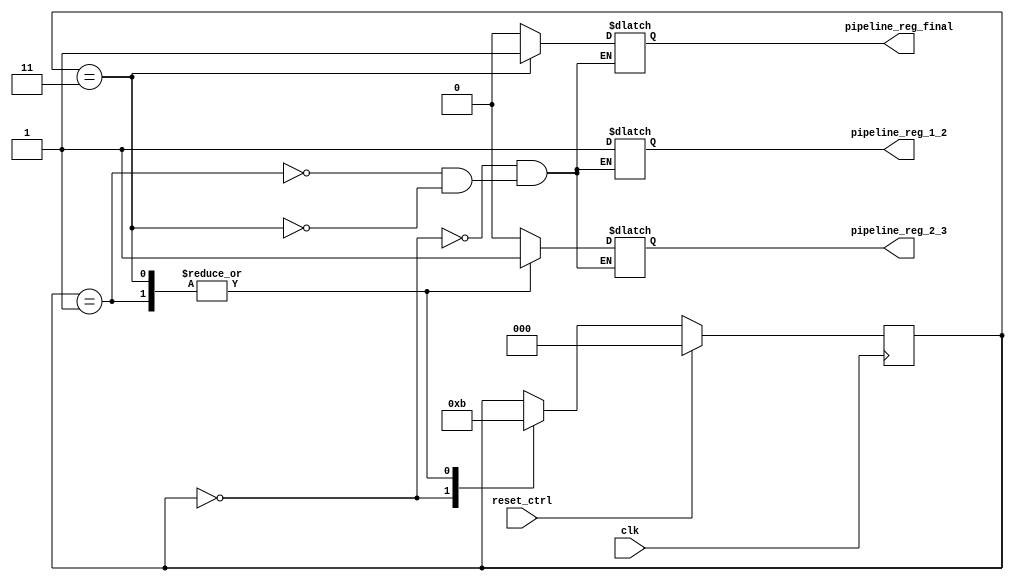
module control_unit (
    input clk, reset_ctrl,
    output reg pipeline_reg_1_2, pipeline_reg_2_3, pipeline_reg_final
    );


    // There is still a problem to deal with that is the gap between Stage 2 and Stage 3.
    // The stage 2 requires the output_range everytime in order to execute some equations.
    // However, right the output_range (output_range[v[i-1]]) will only be ready in the end of the 3rd stage.
    // Hence, it creates a gap of one cycle.

    // As a temporary solution, I put a permanent gap in the whole pipeline, which means that every 2 cycles I'll get an output ready.
    // Hence, because of this restriction, I also need to throw data into the architecture in the same rate (1 data each 2 cycles).

    localparam start_1 = 0, start_2 = 1;
    localparam main = 3;
    reg [2:0] state;

    always @ (posedge clk) begin
        if(reset_ctrl)
            state <= start_1;
        else begin
            case (state)
                start_1  : state <= start_2;
                start_2  : state <= main;
                main     : state <= main;
            endcase
        end
    end

    always @ ( * ) begin
        case (state)
            start_1 : begin
                pipeline_reg_1_2 <= 1'b1;
                pipeline_reg_2_3 <= 1'b0;
                pipeline_reg_final <= 1'b0;
            end
            start_2 : begin
                pipeline_reg_1_2 <= 1'b1;
                pipeline_reg_2_3 <= 1'b1;
                pipeline_reg_final <= 1'b0;
            end
            main     : begin
                pipeline_reg_1_2 <= 1'b1;
                pipeline_reg_2_3 <= 1'b1;
                pipeline_reg_final <= 1'b1;
            end
        endcase
    end
endmodule